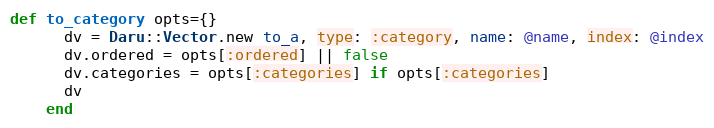
Language: Ruby
def to_category opts={}
      dv = Daru::Vector.new to_a, type: :category, name: @name, index: @index
      dv.ordered = opts[:ordered] || false
      dv.categories = opts[:categories] if opts[:categories]
      dv
    end